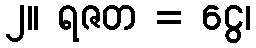
၂။ ရဇတ = ငွေ၊